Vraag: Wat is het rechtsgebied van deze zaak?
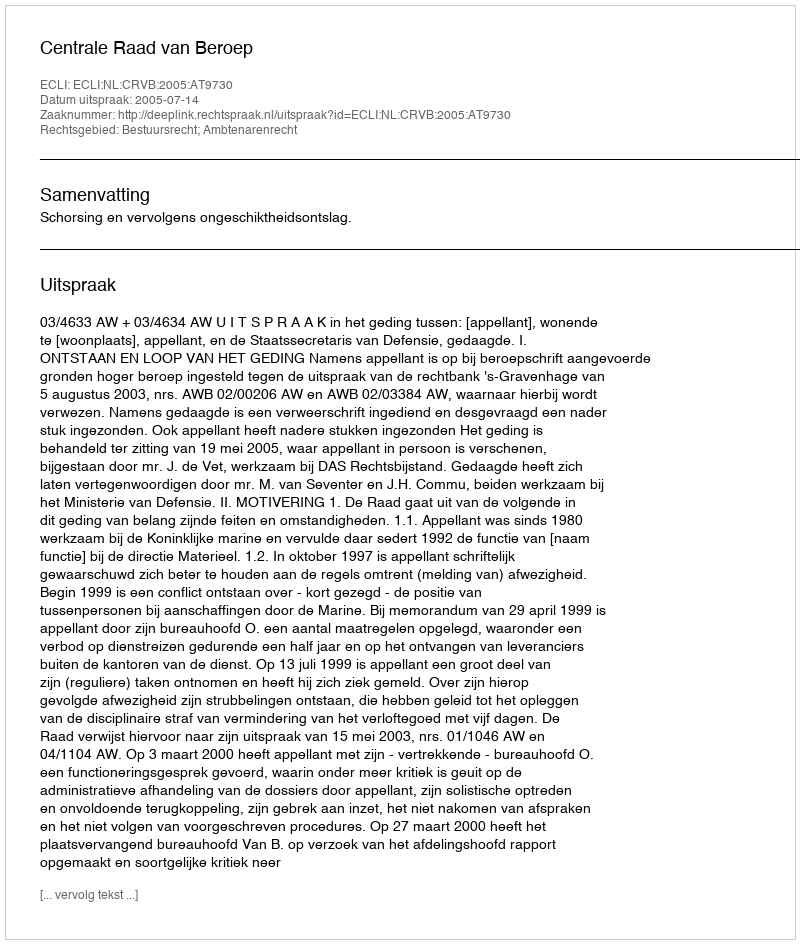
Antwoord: Bestuursrecht; Ambtenarenrecht